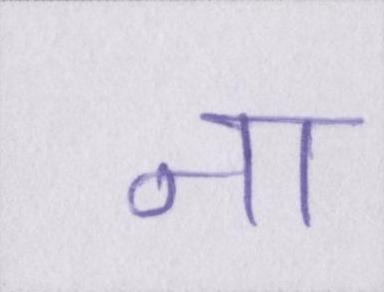
ना